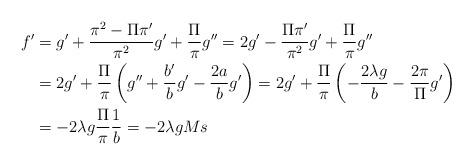
LaTeX: \begin{align*}f'&=g'+\frac{\pi^2-\Pi\pi'}{\pi^2}g'+\frac{\Pi}{\pi}g''=2g'-\frac{\Pi\pi'}{\pi^2}g'+\frac{\Pi}{\pi}g''\\&=2g'+\frac{\Pi}{\pi}\left(g''+\frac{b'}{b}g'-\frac{2a}{b}g'\right)=2g'+\frac{\Pi}{\pi}\left(-\frac{2\lambda g}{b}-\frac{2\pi}{\Pi}g' \right)\\&=-2\lambda g \frac{\Pi}{\pi}\frac{1}{b}=-2\lambda g M s\end{align*}